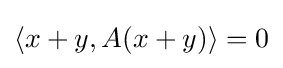
{\textstyle \langle x+y,A(x+y)\rangle =0}